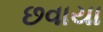
છવાયા